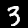
Label: 3